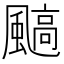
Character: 䬘